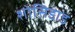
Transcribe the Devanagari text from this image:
शोसिडाड